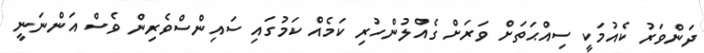
ދަންވަރު ކެއުމަކީ ސިއްޙަތަށް ވަރަށް ގެއްލުންހުރި ކަމެއް ކަމުގައި ސައިންސްވެރިން ވެސް އަންނަނީ